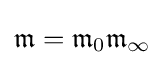
{\mathfrak {m}}={\mathfrak {m}}_{0}{\mathfrak {m}}_{\infty }